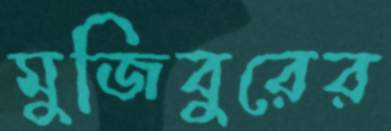
মুজিবুরের